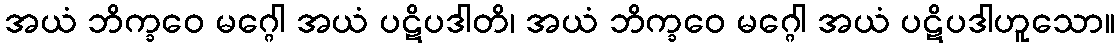
အယံ ဘိက္ခဝေ မဂ္ဂေါ အယံ ပဋိပဒါတိ၊ အယံ ဘိက္ခဝေ မဂ္ဂေါ အယံ ပဋိပဒါဟူသော။